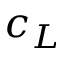
c _ { L }